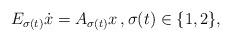
LaTeX: \begin{align*}E_{\sigma(t)} \dot x = A_{\sigma(t)}x\,, \sigma(t) \in \{1, 2\},\end{align*}